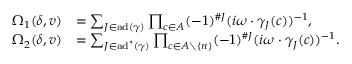
\begin{array} { r l } { \Omega _ { 1 } ( \delta , v ) } & { = \sum _ { J \in \operatorname { a d } ( \gamma ) } \prod _ { c \in A } ( - 1 ) ^ { \# J } ( i \omega \cdot \gamma _ { J } ( c ) ) ^ { - 1 } , } \\ { \Omega _ { 2 } ( \delta , v ) } & { = \sum _ { J \in \operatorname { a d } ^ { * } ( \gamma ) } \prod _ { c \in A \setminus \{ n \} } ( - 1 ) ^ { \# J } ( i \omega \cdot \gamma _ { J } ( c ) ) ^ { - 1 } . } \end{array}